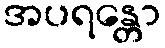
အပရန္တော